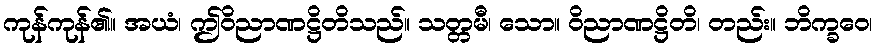
ကုန်ကုန်၏။ အယံ၊ ဤဝိညာဏဋ္ဌိတိသည်။ သတ္တမီ၊ သော။ ဝိညာဏဋ္ဌိတိ၊ တည်း။ ဘိက္ခဝေ၊